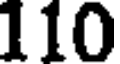
110